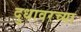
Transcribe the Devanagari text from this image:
दुधावरच्या